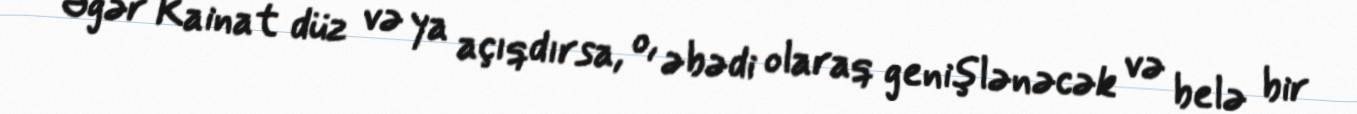
Əgər Kainat düz və ya açıqdırsa, o, əbədi olaraq genişlənəcək və belə bir